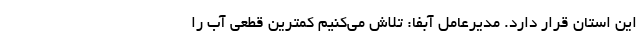
این استان قرار دارد. مدیرعامل آبفا: تلاش می‌کنیم کمترین قطعی آب را